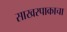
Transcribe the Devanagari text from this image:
साखरपाकाचा